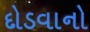
દોડવાનો